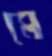
মে